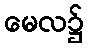
မေလ၌